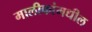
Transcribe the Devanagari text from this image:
मालीकांमधील